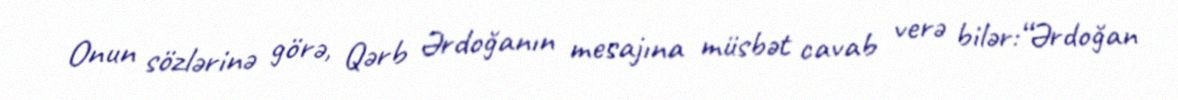
Onun sözlərinə görə, Qərb Ərdoğanın mesajına müsbət cavab verə bilər:“Ərdoğan